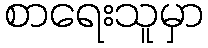
စာရေးသူမှာ